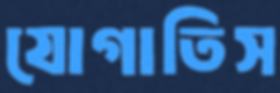
যোগাতিস